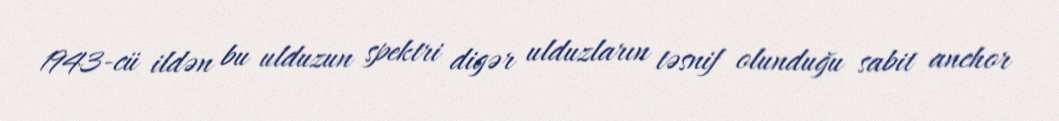
1943-cü ildən bu ulduzun spektri digər ulduzların təsnif olunduğu sabit anchor